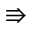
\Rrightarrow